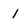
Character: 1